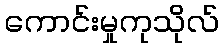
ကောင်းမှုကုသိုလ်